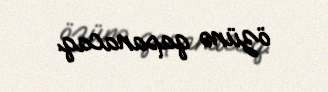
özünə qapanacaq.